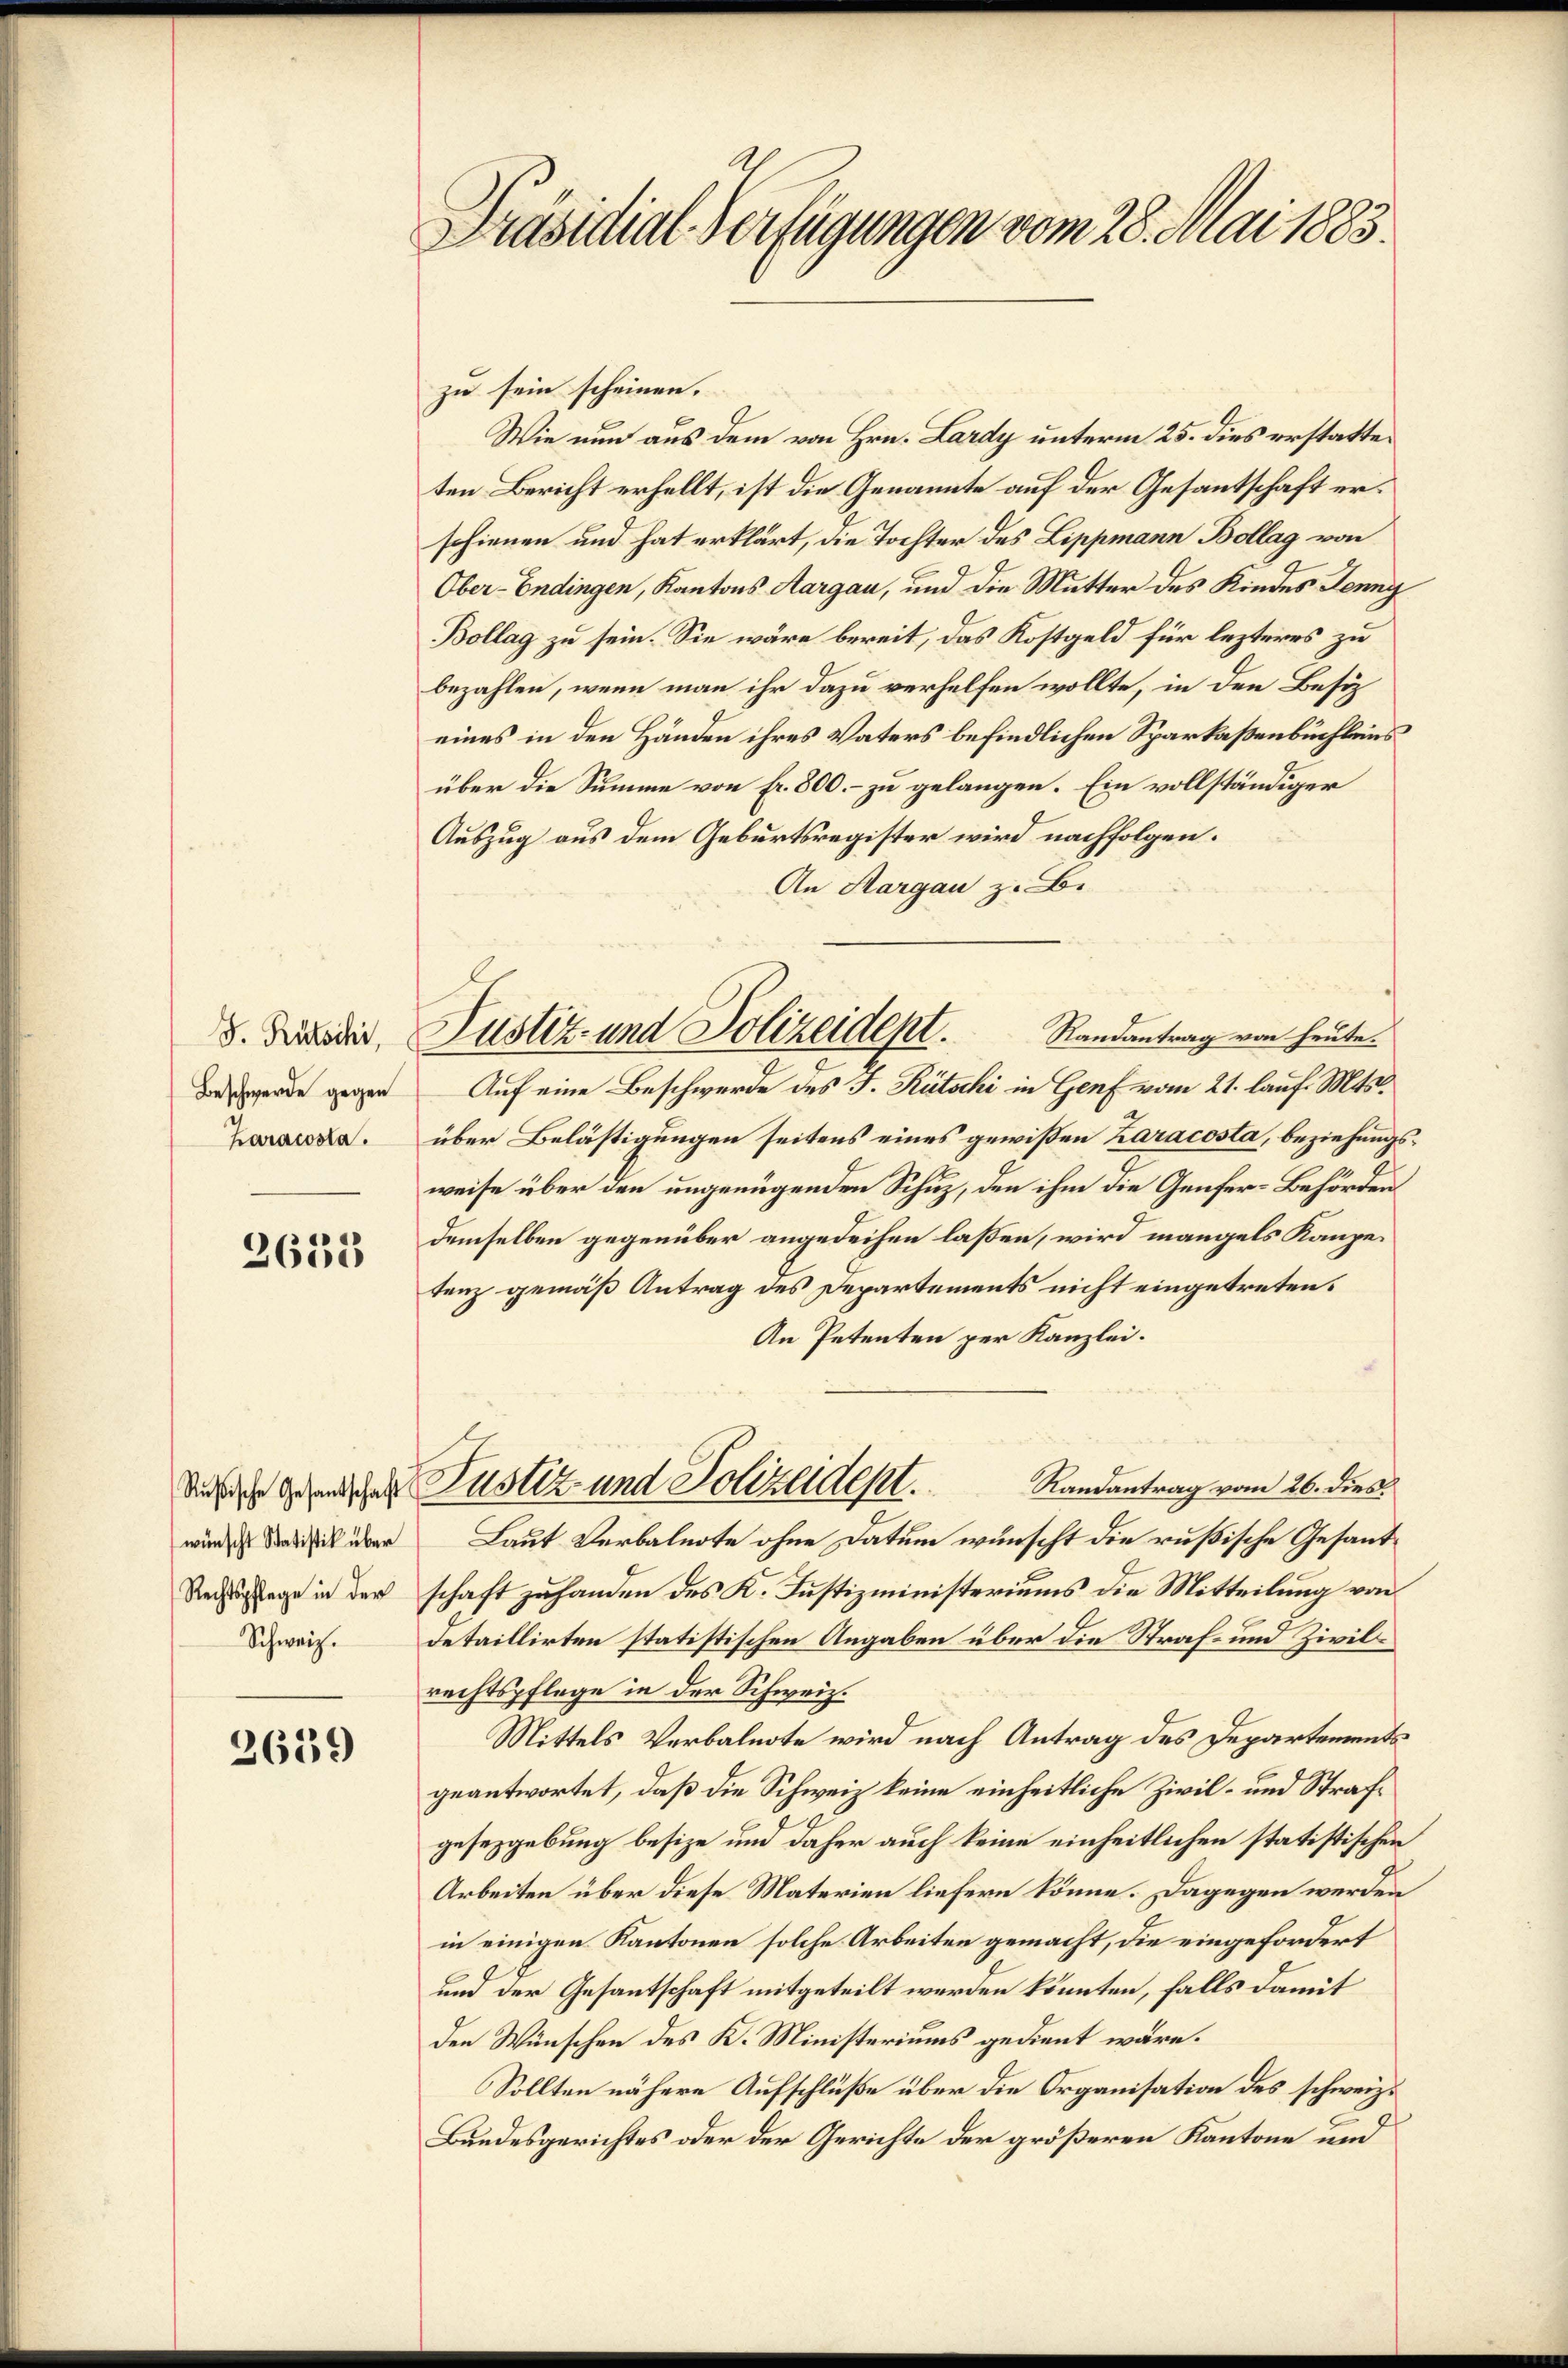
J. Rutschi,
Beschwerde gegen
haracosta.

2633

Rußische Gesantschaft
wünscht Statistik über
Rechtspflege in der
Schweiz.

2639

Präsidial-Verfügungen vom 28. Mai 1883.

zu sein scheinen.
Wie nun aus dem von Hrn. Lardy unterm 25. dies erstatteten Bericht erhellt, ist die Genannte auf der Gesantschaft erschienen und hat erklärt, die Tochter des Lippmann Bollag von
Ober-Endingen, Kantons Aargau, und die Mutter des Kindes Jenny
Bollag zu sein. Sie wäre bereit, das Kostgeld für lezteres zu
bezahlen, wenn man ihr dazu verhelfen wollte, in den Besiz
eines in den Händen ihres Vaters befindlichen Sparkaßenbüchleus
über die Summe von Fr. 800. – zu gelangen. Ein vollständiger
Auszug aus dem Geburtsregister wird nachfolgen.
An Margau z. B.
Randantrag von heute.
Auf eine Beschwerde des J. Rütschi in Genf vom 21. lauf. Mts.
über Belästigungen seitens eines gewißen Karacosta, beziehungsweise über den ungenügenden Schuz, den ihm die Genfer-Behörden
demselben gegenüber angedeihen laßen, wird mangels Kanzetenz gemäß Antrag des Departements nicht eingetreten.
An Petenten per Kanzlei.
Justiz- und Polizeidept.
Randantrag vom 26. dies.
Laut Verbalnote ohne Datum wünscht die rußische Gesandschaft zu handen des K. Justizministeriums die Mitteilung von
Detaillirten statistischen Angaben über die Straf- und Zivilrechtspflege in der Schweiz.
Mittels Verbalnote wird nach Antrag des Departements
geantwortet, daß die Schweiz keine einheitliche Zivil- und Strafgesezgebung besize und daher auch keine einheitlichen statistischen
Arbeiten über diese Materien liefern könne. Dagegen werden
in einigen Kantonen solche Arbeiten gemacht, die eingefordert
und der Gesantschaft mitgeteilt werden könnten, falls damit
den Wünschen des K. Ministeriums gedient wäre.
Sollten nähere Aufschlüße über die Organisation des schweiz.
Bundesgerichtes oder der Gerichte der größeren Kantone und

Justiz- und Polizeidept.